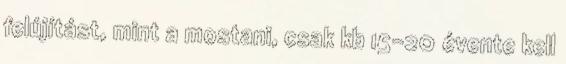
felújítást, mint a mostani, csak kb 15-20 évente kell